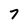
Character: 7